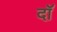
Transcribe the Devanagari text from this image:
दॉ